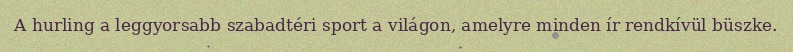
A hurling a leggyorsabb szabadtéri sport a világon, amelyre minden ír rendkívül büszke.